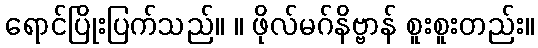
ရောင်ပြိုးပြက်သည်။ ။ ဖိုလ်မဂ်နိဗ္ဗာန် စူးစူးတည်း။